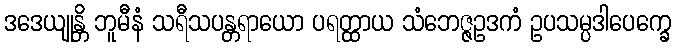
ဒဒေယျုန္တိ ဘူမီနံ သရီသပန္တရာယော ပရတ္ထာယ သံဘေဇ္ဇဥဒကံ ဥပသမ္ပဒါပေက္ခေ